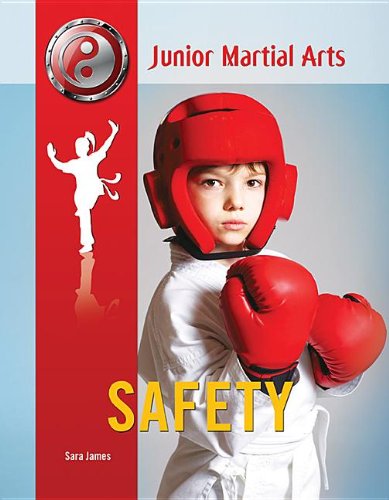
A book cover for Safety (Junior Martial Arts); Sara James; Teen & Young Adult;